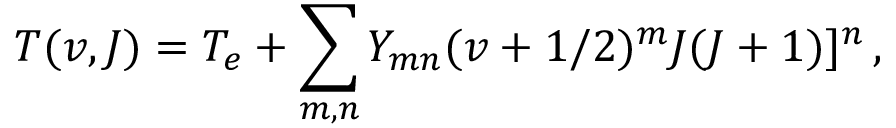
T ( v , J ) = T _ { e } + \sum _ { m , n } Y _ { m n } ( v + 1 / 2 ) ^ { m } J ( J + 1 ) ] ^ { n } \, ,